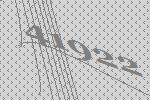
41922